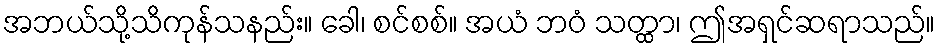
အဘယ်သို့သိကုန်သနည်း။ ခေါ၊ စင်စစ်။ အယံ ဘဝံ သတ္ထာ၊ ဤအရှင်ဆရာသည်။